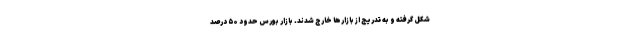
شکل گرفته و به تدریج از بازارها خارج شدند. بازار بورس حدود ۵۰ درصد